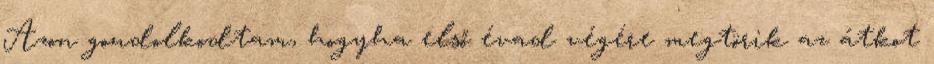
Azon gondolkodtam, hogyha első évad végére megtörik az átkot